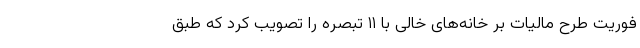
فوریت طرح مالیات بر خانه‌های خالی با ۱۱ تبصره را تصویب کرد که طبق